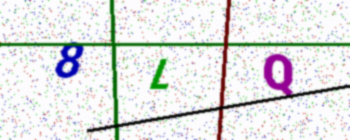
Text: 8LQ